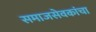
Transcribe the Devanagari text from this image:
समाजसेवकांचा